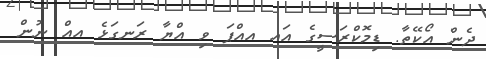
ދެން އޯކޭތާ. ޑިމޮކްރަސީގެ އައ އއްޕަ ވި އްޔާ ރަނގަޅެ އއް ނުން